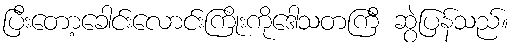
ပြီးတော့ခေါင်းလောင်းကြိုးကိုဒေါသတကြီ ဆွဲပြန်သည်။